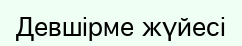
Девшірме жүйесі